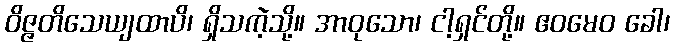
ဝိဇ္ဇတိသေယျထာပိ၊ ရှိသကဲ့သို့။ အာဝုသော၊ ငါ့ရှင်တို့။ ဧဝမေဝ ခေါ၊